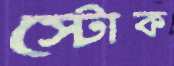
স্টোক